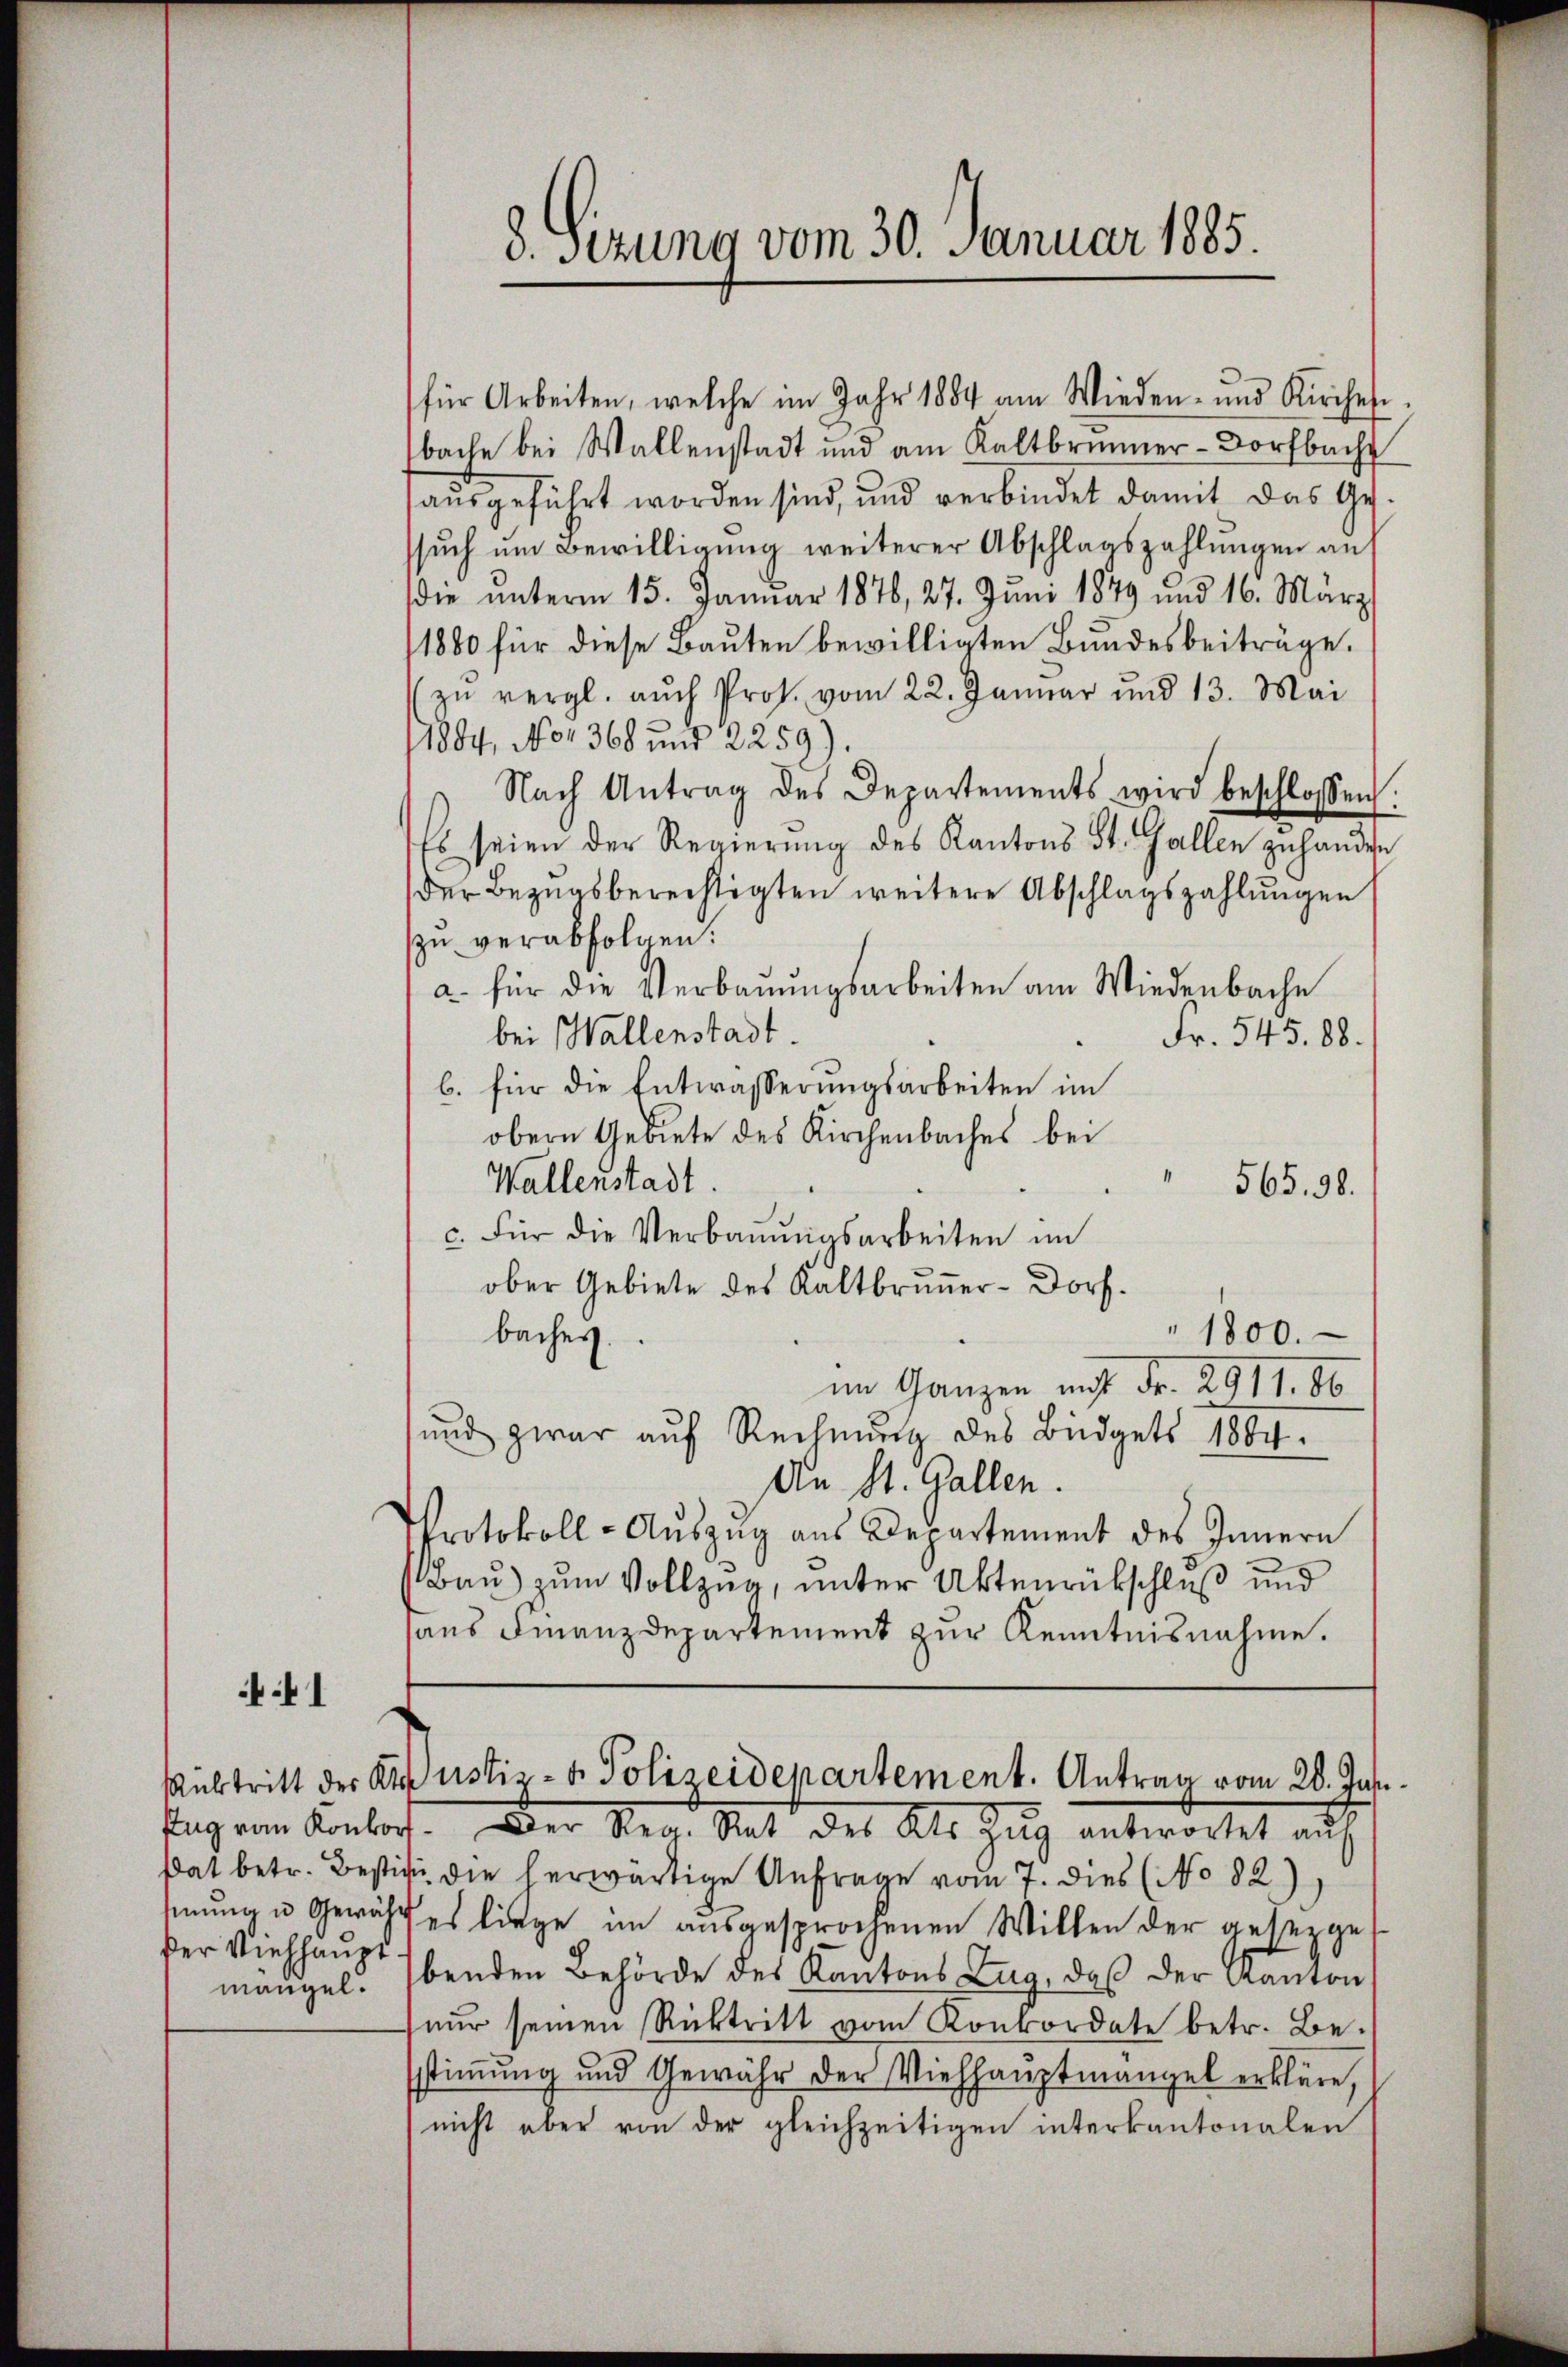
1

der Viehhaupt
mangel.

8. Sizung vom 30. Januar 1885.

bache bei Wallenstadt und am Kaltbrunner-Dorfbach
ausgeführt worden sind, und verbindet damit das Gesuch um Bewilligung weiterer Abschlagszahlungen auf
die unterm 15. Januar 1876, 27. Juni 1879 und 16. März
1880 für diese Bauten bewilligten Bundesbeiträge.
zu vergl. auch Prof. vom 22. Januar und 13. Mai
1884, No 1368 und 2259).
Nach Antrag des Departements wird beschlossen:
Es seien der Regierŭng des Kantons St. Gallen zuhanden
der Bezugsberechtigten weitere Abschlagszahlungen
zu verabfolgen:
a. für die Verbaŭŭngsarbeiten am Wiedenbache
bei Wallenstadt.
Fr. 545. 88.
b. für die Entwässerungsarbeiten im
obern Gebiete des Kirchenbaches bei
Wallenstadt.
565. 98.
c. Für die Verbaŭŭngsarbeiten im
ober Gebiete des Kaltbrunner- Dorf.
baches.
" 1800.
im Ganzen mit Fr. 2911. 86.
und zwar auf Rechnung des Büdgets 1804.
An St. Gallen.
Protokoll - Auszug aus Departement des Innern
Bau) zum Vollzug, unter Aktenrückschluß und
aus Finanzdepartement zur Kenntnisnahme.

dat betr. Bestig die herwärtige Anfrage vom 7. dies (No 82)
mung u. Gewähr es liege im ausgesprochenen Willen der gesetzge
benden Behörde des Kantons Zug, daß der Kanton
nur seinen Rücktritt vom Konkordate betr. Be-
stiṁŭng und Gewähr der Viehhaŭptmängel erkläre,
nicht aber von der gleichzeitigen interkantonalen

für Arbeiten, welche im Jahr 1884 am Wieden- und Kirches

Rübtritt der Kraustiz- & Polizeidenartement. Antrag vom 28. Jan.
Tag von Konkort. Der Reg. Rat des Kts Zŭg antwortet auf